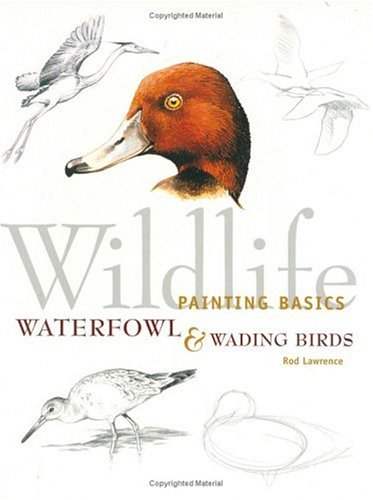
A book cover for Wildlife Painting Basics: Waterfowl & Wading Birds; Rod Lawrence; Arts & Photography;